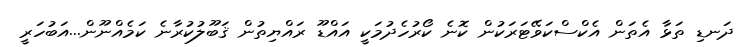
ދަނޑި ތަޅާ އެތަން އެކްސްކަވޭޓަރަކުން ކޮނެ ކޯރުހެދުމަކީ އައްޑޫ ރައްޔިތުން ޤަބޫލުކުރާނެ ކަމެއްނޫން...އަބުހަރީ